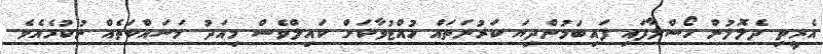
އެރީތި ދެލޮލުން ހޯސްލާފައި ފައިބަމުންދިޔަ ކަރުނަތައް ހުއްޓުވާކަށް ކައިލްވެސް މިއަދު މަސައްކަތެއް ނުކުރެއެވެ.